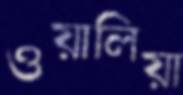
ওয়ালিয়া